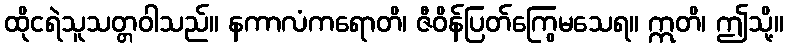
ထိုငရဲသူသတ္တဝါသည်။ နကာလံကရောတိ၊ ဇီဝိန်ပြတ်ကြွေမသေရ။ ဣတိ၊ ဤသို့။